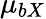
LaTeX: \mu_{bX}